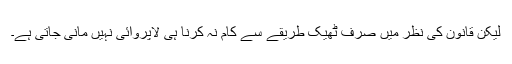
لیکِن قانون کی نظر میں صرف ٹھیک طریقے سے کام نہ کرنا ہی لاپروائی نہیں مانی جاتی ہے۔